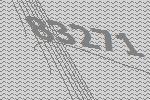
83271